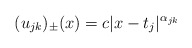
\begin{align*} (u_{jk})_\pm(x) = c|x-t_j|^{\alpha_{jk}}\end{align*}